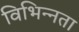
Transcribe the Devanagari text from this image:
विभिन्‍नता